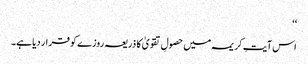
‘‘
اس آیتِ کریمہ میں حصولِ تقویٰ کا ذریعہ روزے کو قرار دیا ہے۔